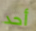
أحد